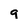
Character: g